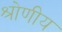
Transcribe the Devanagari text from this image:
श्रोणीय